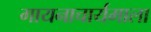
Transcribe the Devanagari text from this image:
गायनाचार्यमाला